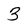
Character: 3